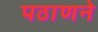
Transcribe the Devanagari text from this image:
पठाणने